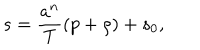
s = { \frac { a ^ { n } } { T } } ( p + \rho ) + s _ { 0 } ,